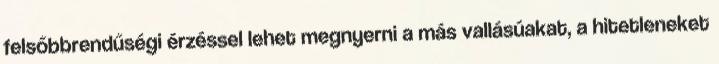
felsőbbrendűségi érzéssel lehet megnyerni a más vallásúakat, a hitetleneket